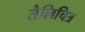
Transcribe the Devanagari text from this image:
तैलिचित्र